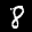
Label: 8